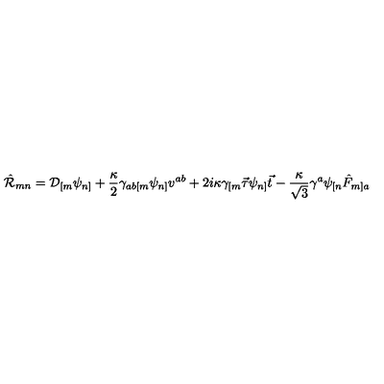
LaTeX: \hat { \cal R } _ { m n } = { \cal D } _ { [ m } \psi _ { n ] } + \frac { \kappa } { 2 } \gamma _ { a b [ m } \psi _ { n ] } v ^ { a b } + 2 i \kappa \gamma _ { [ m } \vec { \tau } \psi _ { n ] } \vec { t } - \frac { \kappa } { \sqrt { 3 } } \gamma ^ { a } \psi _ { [ n } \hat { F } _ { m ] a }